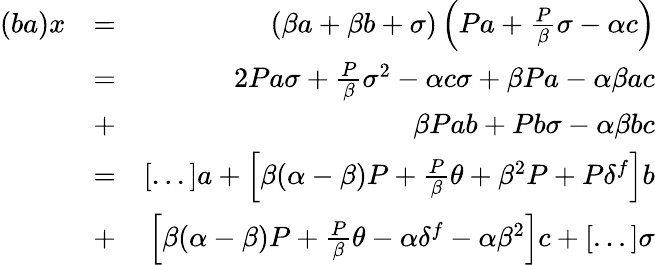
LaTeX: \begin{array}{rlr}{(ba)x}&{=}&{\left(\beta a+\beta b+\sigma\right)\left(Pa+\frac{P}{\beta}\sigma-\alpha c\right)}\\ &{=}&{2Pa\sigma+\frac{P}{\beta}\sigma^{2}-\alpha c\sigma+\beta Pa-\alpha\beta ac}\\ &{+}&{\beta Pab+Pb\sigma-\alpha\beta bc}\\ &{=}&{[...]a+\left[\beta(\alpha-\beta)P+\frac{P}{\beta}\theta+\beta^{2}P+P\delta^{f}\right]b}\\ &{+}&{\left[\beta(\alpha-\beta)P+\frac{P}{\beta}\theta-\alpha\delta^{f}-\alpha\beta^{2}\right]c+[...]\sigma}\end{array}